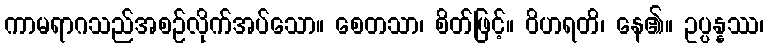
ကာမရာဂသည်အစဉ်လိုက်အပ်သော။ စေတသာ၊ စိတ်ဖြင့်။ ဝိဟရတိ၊ နေ၏။ ဥပ္ပန္နဿ၊